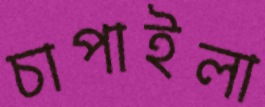
চাপাইলা